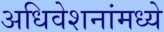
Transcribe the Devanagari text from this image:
अधिवेशनांमध्ये